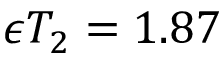
\epsilon T _ { 2 } = 1 . 8 7